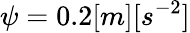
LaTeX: \psi=0.2[m][s^{-2}]